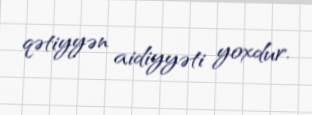
qətiyyən aidiyyəti yoxdur.